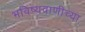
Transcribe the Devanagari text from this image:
भविष्यवाणीच्या